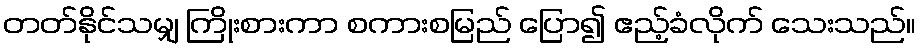
တတ်နိုင်သမျှ ကြိုးစားကာ စကားစမြည် ပြော၍ ဧည့်ခံလိုက် သေးသည်။